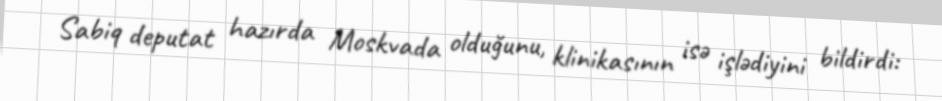
Sabiq deputat hazırda Moskvada olduğunu, klinikasının isə işlədiyini bildirdi: